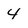
Character: 4